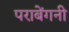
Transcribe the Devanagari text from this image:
पराबेंगनी